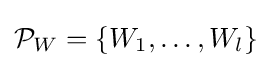
{\mathcal {P}}_{W}=\{W_{1},\ldots ,W_{l}\}